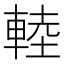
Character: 䡜